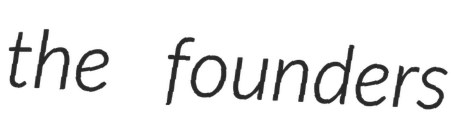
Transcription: the founders